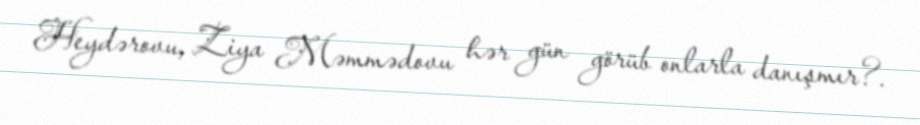
Heydərovu, Ziya Məmmədovu hər gün görüb onlarla danışmır?.